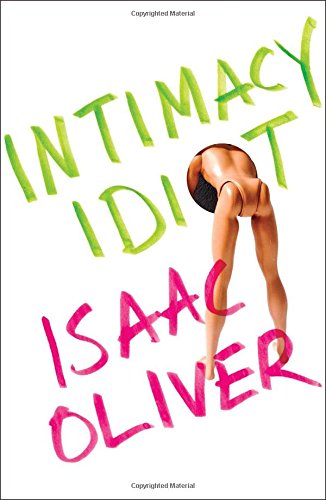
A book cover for Intimacy Idiot; Isaac Oliver; Gay & Lesbian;